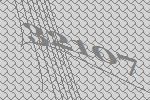
32107